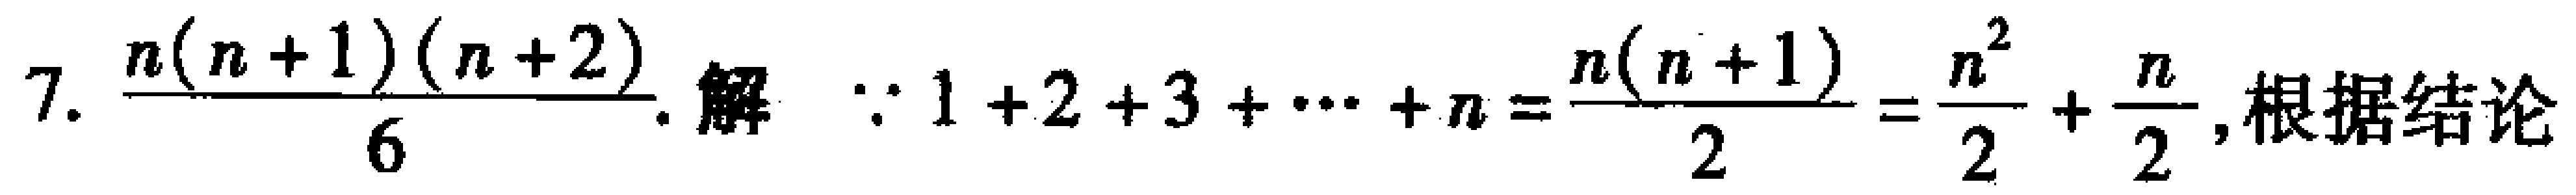
7. $\frac{n(n + 1)(n + 2)}{6}$. 解 $\because 1 + 2 + 3+\cdots + n=\frac{n(n + 1)}{2}=\frac{n^{2}}{2}+\frac{n}{2}$, 根据结论